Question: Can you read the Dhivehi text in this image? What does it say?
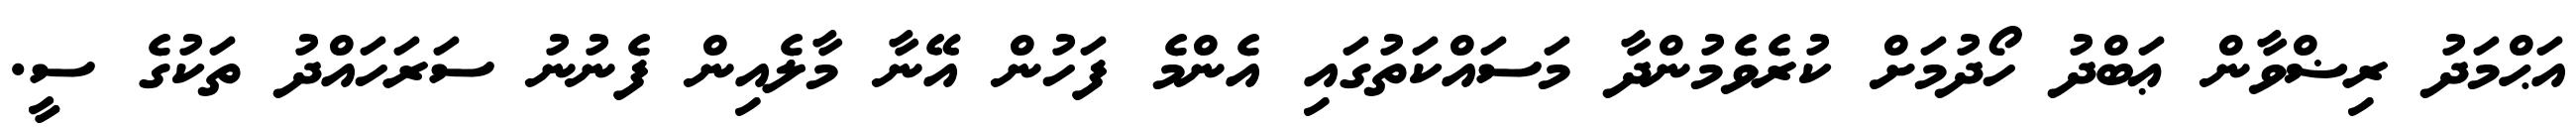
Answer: އަޙްމަދު ރިޟްވާން ޢަބްދު ހޯދުމަށް ކުރެވެމުންދާ މަސައްކަތުގައި އެންމެ ފަހުން އޭނާ މާލެއިން ފެނުނު ސަރަހައްދު ތަކުގެ ސީ.